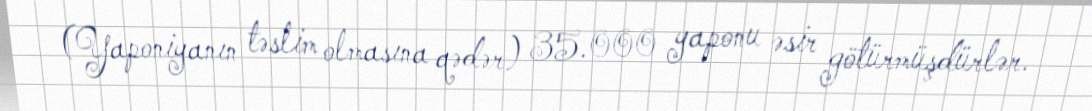
(Yaponiyanın təslim olmasına qədər) 35.000 yaponu əsir götürmüşdürlər.